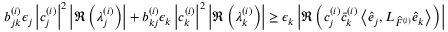
b _ { j k } ^ { ( i ) } \epsilon _ { j } \left| c _ { j } ^ { ( i ) } \right| ^ { 2 } \left| \Re \left( \lambda _ { j } ^ { ( i ) } \right) \right| + b _ { k j } ^ { ( i ) } \epsilon _ { k } \left| c _ { k } ^ { ( i ) } \right| ^ { 2 } \left| \Re \left( \lambda _ { k } ^ { ( i ) } \right) \right| \geq \epsilon _ { k } \left| \Re \left( c _ { j } ^ { ( i ) } \bar { c } _ { k } ^ { ( i ) } \left\langle \widehat { e } _ { j } , L _ { \widehat { F } ^ { ( i ) } } \widehat { e } _ { k } \right\rangle \right) \right|